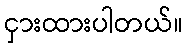
ငှားထားပါတယ်။